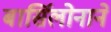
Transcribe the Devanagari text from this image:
बार्सिलोनाने